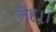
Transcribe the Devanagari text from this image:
लेह।।